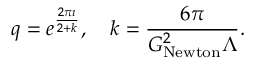
q = e ^ { \frac { 2 \pi \imath } { 2 + k } } , \quad k = \frac { 6 \pi } { G _ { \mathrm { N e w t o n } } ^ { 2 } \Lambda } .